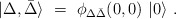
\begin{align*}\vert \Delta , \bar \Delta \rangle \ = \ \phi_{\Delta \bar \Delta}(0,0) \ \vert 0 \rangle \ .\end{align*}